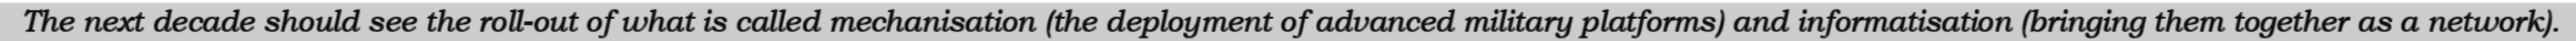
The next decade should see the roll-out of what is called mechanisation (the deployment of advanced military platforms) and informatisation (bringing them together as a network).